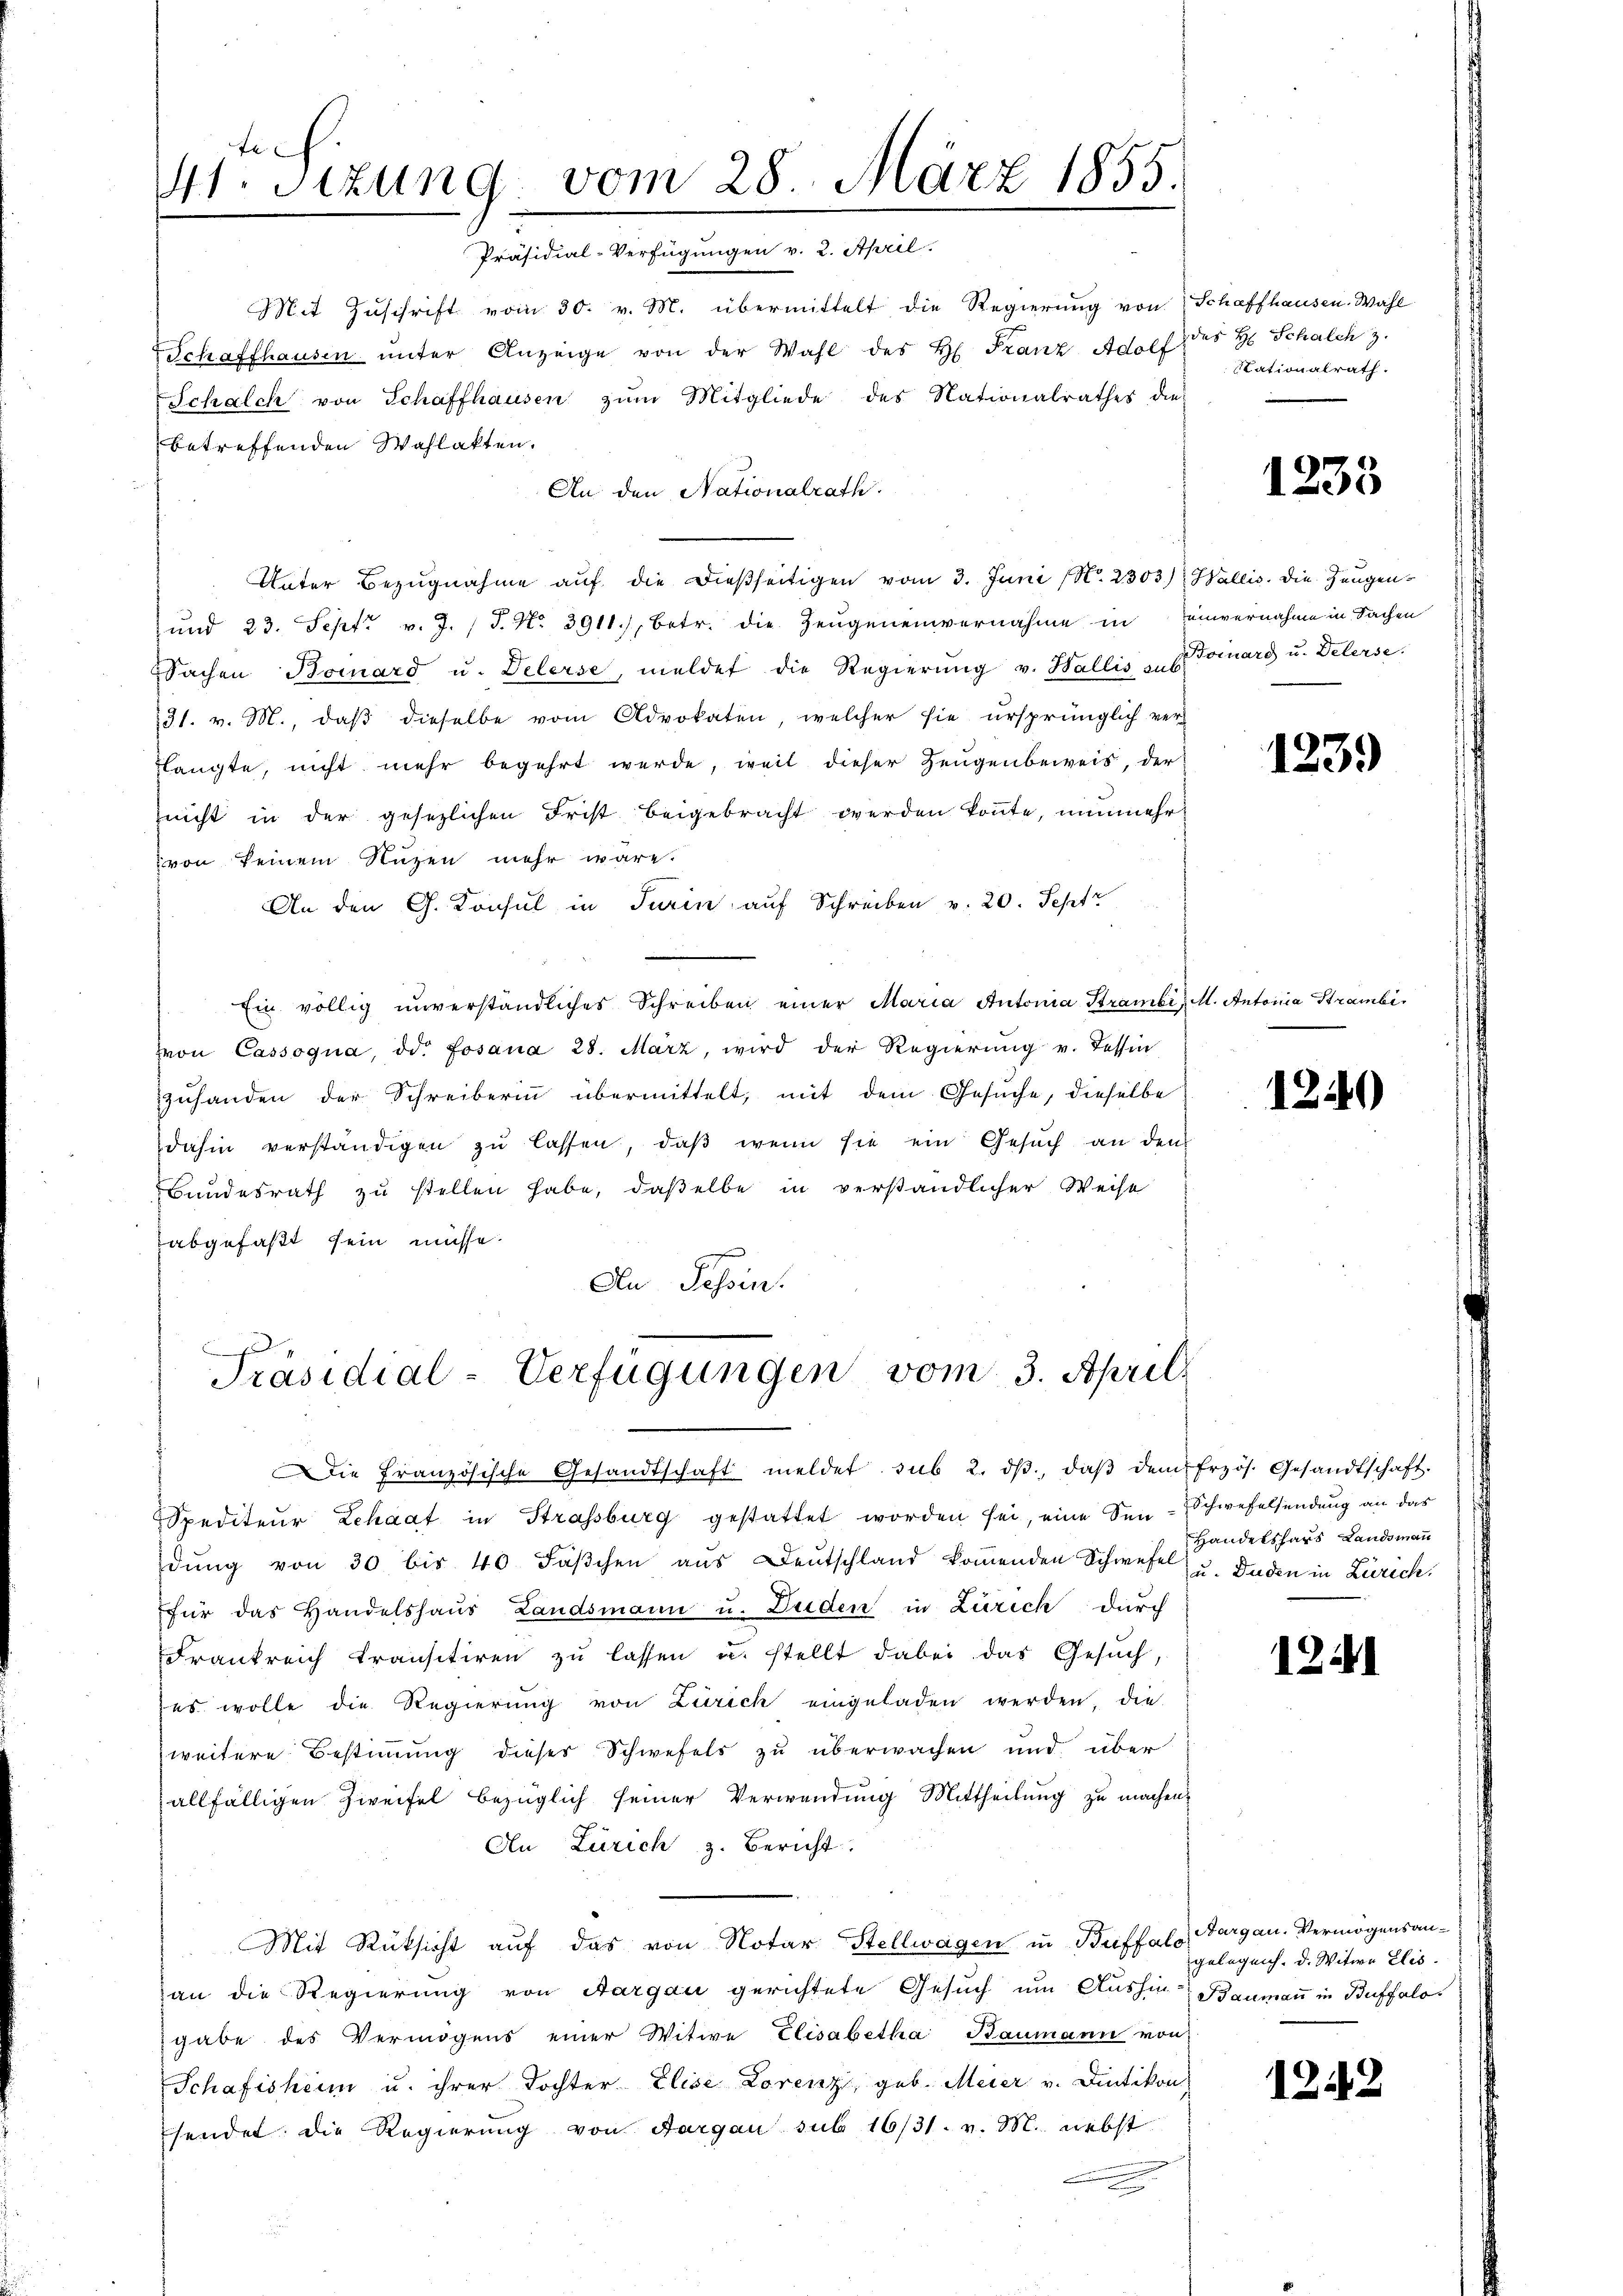
Mit Zŭschrift vom 30. v. M. übermittelt die Regierung von Schaffhausen. Wahl
Schaffhausen ŭnter Anzeige von der Wahl des H. Franz Adolf des H. Schalch 3.
Schalch von Schaffhausen zŭm Mitgliede des Nationalrathes die-
betreffenden Wahlakten.
An den Nationalrath.
Unter Bezugnahme auf die dießseitigen vom 3. Juni (N. 2303.) Wallis. Die Zeugen¬
und 23. Sept. v. J. J. No. 3911), betr. die Zeugeneinvernahme in einvernahme in Sachen
Sachen Bonard u. Delerse, meldet die Regierŭng v. Wallis u Tonard u. Delerse
31. v. M., daß dieselbe vom Advokaten, welcher sie ursprünglich verslangte, nicht mehr begehrt werde, weil dieser Zeugenbeweis, der
nicht in der gesezlichen Frist beigebracht werden köṅte, nunmehr
von seinem Nuzen mehr wäre.
An den G. Konsul in Turin auf Schreiben v. 20. Sept
Ein völlig unverständliches Schreiben einer Maria Antonia Strambe M. Antonia Strambi
von Cassogna, od. Fosana 28. März, wird der Regierŭng u. Tessin
zuhanden der Schreiberin übermittelt, mit dem Gesuche, dieselbe
dahin verständigen zu lassen, daß wenn sie ein Gesuch an den
Bundesrath zu stellen habe, daßelbe in verständlicher Weise
abgefaßt sein müsse.
An Tessin.

te
41. Sitzung vom 28. März 1855.
Präsidial-Verfügungen v. 2. April.

Präsidial-Verfügungen vom 3. April

ie französische Gesandtschaft meldet sub 2. dβ, daβ dem frzös. Gesandtschaft.
Spediteur Lehaat in Strassburg gestattet worden sei, eine Sen-Schwefelsendung an das
dŭng von 30 bis 40 Fäβchen aŭs Deutschland koṁenden Schwefe u. Bunden in Zürich.
für das Handelshaus Landsmann u. Duden in Zürich durch
Frankreich transitiren zŭ lassen u. stellt dabei das Gesuch,
es wolle die Regierŭng von Zürich eingeladen werden, die
weitere Bestimmung dieser Schwefels zu überwachen und über
allfälligen Zweifel bezüglich seiner Verwendung Mittheilung zu machen,
An Zürich z. Bericht
Mit Rücksicht auf das von Notar Stellwagen in Buffalo argau. Vermögensanan die Regierung von Aargau gerichtete Gesuch um Aushin-Baumann in Buffalogabe des Vermögens einer Witwe Elisabetha Baumann von
Schafisheim u. ihrer Tochter Elise Lorenz, geb. Meier v. Dietikon
sendet die Regierung von Aargau sub 16/31. v. M. nebst
e

Stationalrath.

1233

1239

1240

Handelshars Landsmann

1241

gelegen. d. Witwe Elis.

1242